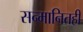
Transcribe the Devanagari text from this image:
सन्मानितही